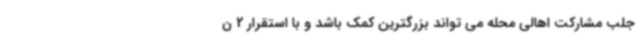
جلب مشارکت اهالی محله می تواند بزرگترین کمک باشد و با استقرار 2 ن